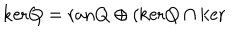
\mathrm { k e r } Q = \mathrm { r a n } Q \oplus ( \mathrm { k e r } Q \cap \mathrm { k e r }